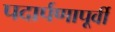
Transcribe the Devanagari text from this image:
पदार्पणापूर्वी